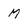
Character: M